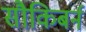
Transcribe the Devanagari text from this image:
सौकिबर्न